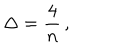
\Delta = { \frac { 4 } { n } } \, ,